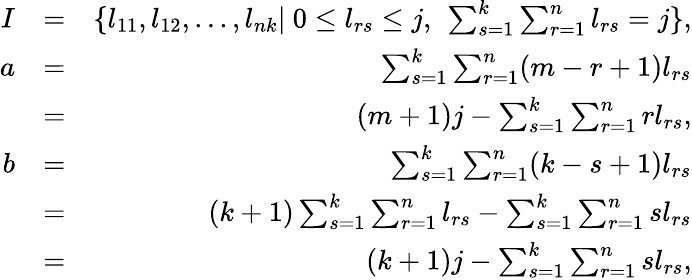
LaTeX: \begin{array}{rlr}{I}&{=}&{\{ l_{11},l_{12},...,l_{nk}|\mathrm{~}0\leq l_{rs}\leq j\mathrm{,~}\sum_{s=1}^{k}\sum_{r=1}^{n}l_{rs}=j\} ,}\\ {a}&{=}&{\sum_{s=1}^{k}\sum_{r=1}^{n}(m-r+1)l_{rs}}\\ &{=}&{(m+1)j-\sum_{s=1}^{k}\sum_{r=1}^{n}rl_{rs}\mathrm{,}}\\ {b}&{=}&{\sum_{s=1}^{k}\sum_{r=1}^{n}(k-s+1)l_{rs}}\\ &{=}&{(k+1)\sum_{s=1}^{k}\sum_{r=1}^{n}l_{rs}-\sum_{s=1}^{k}\sum_{r=1}^{n}sl_{rs}}\\ &{=}&{(k+1)j-\sum_{s=1}^{k}\sum_{r=1}^{n}sl_{rs},}\end{array}